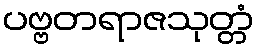
ပဗ္ဗတရာဇသုတ္တံ